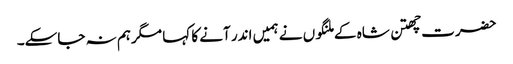
حضرت چھتن شاہ کے ملنگوں نے ہمیں اندر آنے کا کہا مگرہم نہ جاسکے۔